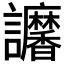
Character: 𧮠